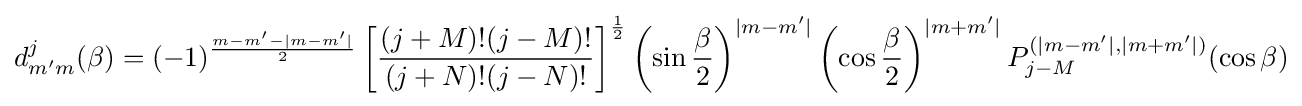
d_{m'm}^{j}(\beta )=(-1)^{\frac {m-m'-|m-m'|}{2}}\left[{\frac {(j+M)!(j-M)!}{(j+N)!(j-N)!}}\right]^{\frac {1}{2}}\left(\sin {\frac {\beta }{2}}\right)^{|m-m'|}\left(\cos {\frac {\beta }{2}}\right)^{|m+m'|}P_{j-M}^{(|m-m'|,|m+m'|)}(\cos \beta )